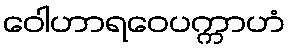
ဝေါဟာရဝေပက္ကာဟံ